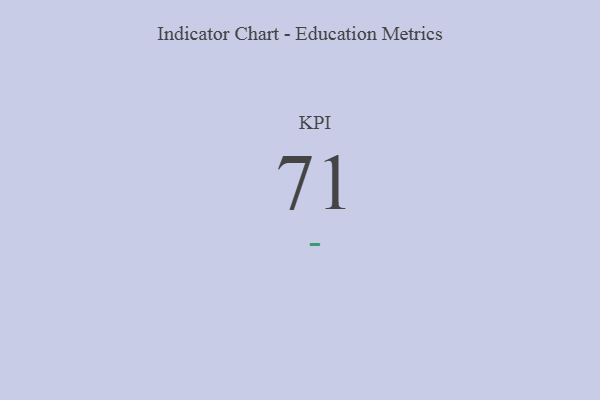
{"axis": {"x": "KPI", "y": "Value"}, "legend": [""], "data": [{"x": "KPI", "y": 71, "type": ""}]}